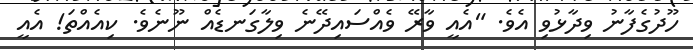
ހޫދުގެފާނު ވިދާޅުވި އެވެ. "އެއީ ވާރޭ ވެއްސައިދޭނެ ވިލާގަނޑެއް ނޫނެވެ. ކިއެއްތަ! އެއީ